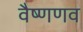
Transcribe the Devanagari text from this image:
वैष्णणव